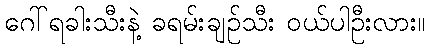
ဂေါ်ရခါးသီးနဲ့ ခရမ်းချဉ်သီး ဝယ်ပါဦးလား။